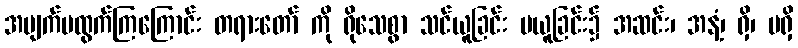
အမျက်မထွက်ကြကြောင်း တရားတော် ကို ရိုသေစွာ သင်ယူခြင်း မယူခြင်း၌ အဆင်း၊ အနံ့၊ ရှိ၊ မရှိ